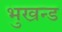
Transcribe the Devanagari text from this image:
भुखन्ड